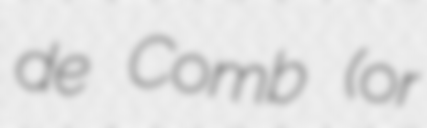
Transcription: de Comb (or